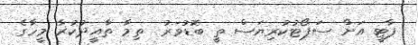
ޕާޓީ އަށް ސަޕޯޓުކުރިޔަސް ތީ ބޮޑުވަރު  ތިމާ ތާއީދުކުރާ މީހާގެ